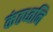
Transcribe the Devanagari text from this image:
कंठध्वनि